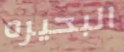
البحيره